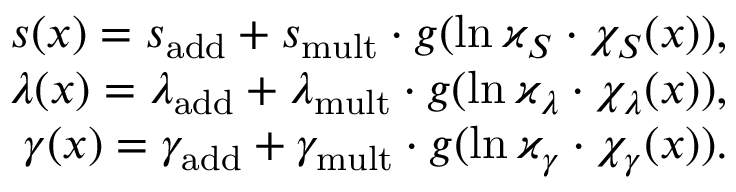
\begin{array} { r } { s ( x ) = { s } _ { \mathrm { a d d } } + { s } _ { \mathrm { m u l t } } \cdot g ( \ln \varkappa _ { S } \cdot \chi _ { S } ( x ) ) , } \\ { \lambda ( x ) = \lambda _ { \mathrm { a d d } } + { \lambda } _ { \mathrm { m u l t } } \cdot g ( \ln \varkappa _ { \lambda } \cdot \chi _ { \lambda } ( x ) ) , } \\ { \gamma ( x ) = \gamma _ { \mathrm { a d d } } + \gamma _ { \mathrm { m u l t } } \cdot g ( \ln \varkappa _ { \gamma } \cdot \chi _ { \gamma } ( x ) ) . } \end{array}